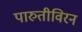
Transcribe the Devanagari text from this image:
पारुतीविरन